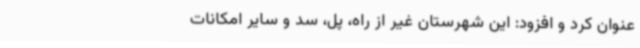
عنوان کرد و افزود: این شهرستان غیر از راه، پل، سد و سایر امکانات